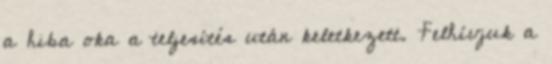
a hiba oka a teljesítés után keletkezett. Felhívjuk a